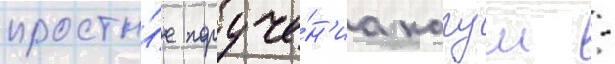
просты́е поруче́н'иа кагуи -